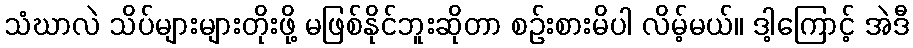
သံဃာလဲ သိပ်များများတိုးဖို့ မဖြစ်နိုင်ဘူးဆိုတာ စဉ်းစားမိပါ လိမ့်မယ်။ ဒါ့ကြောင့် အဲဒီ